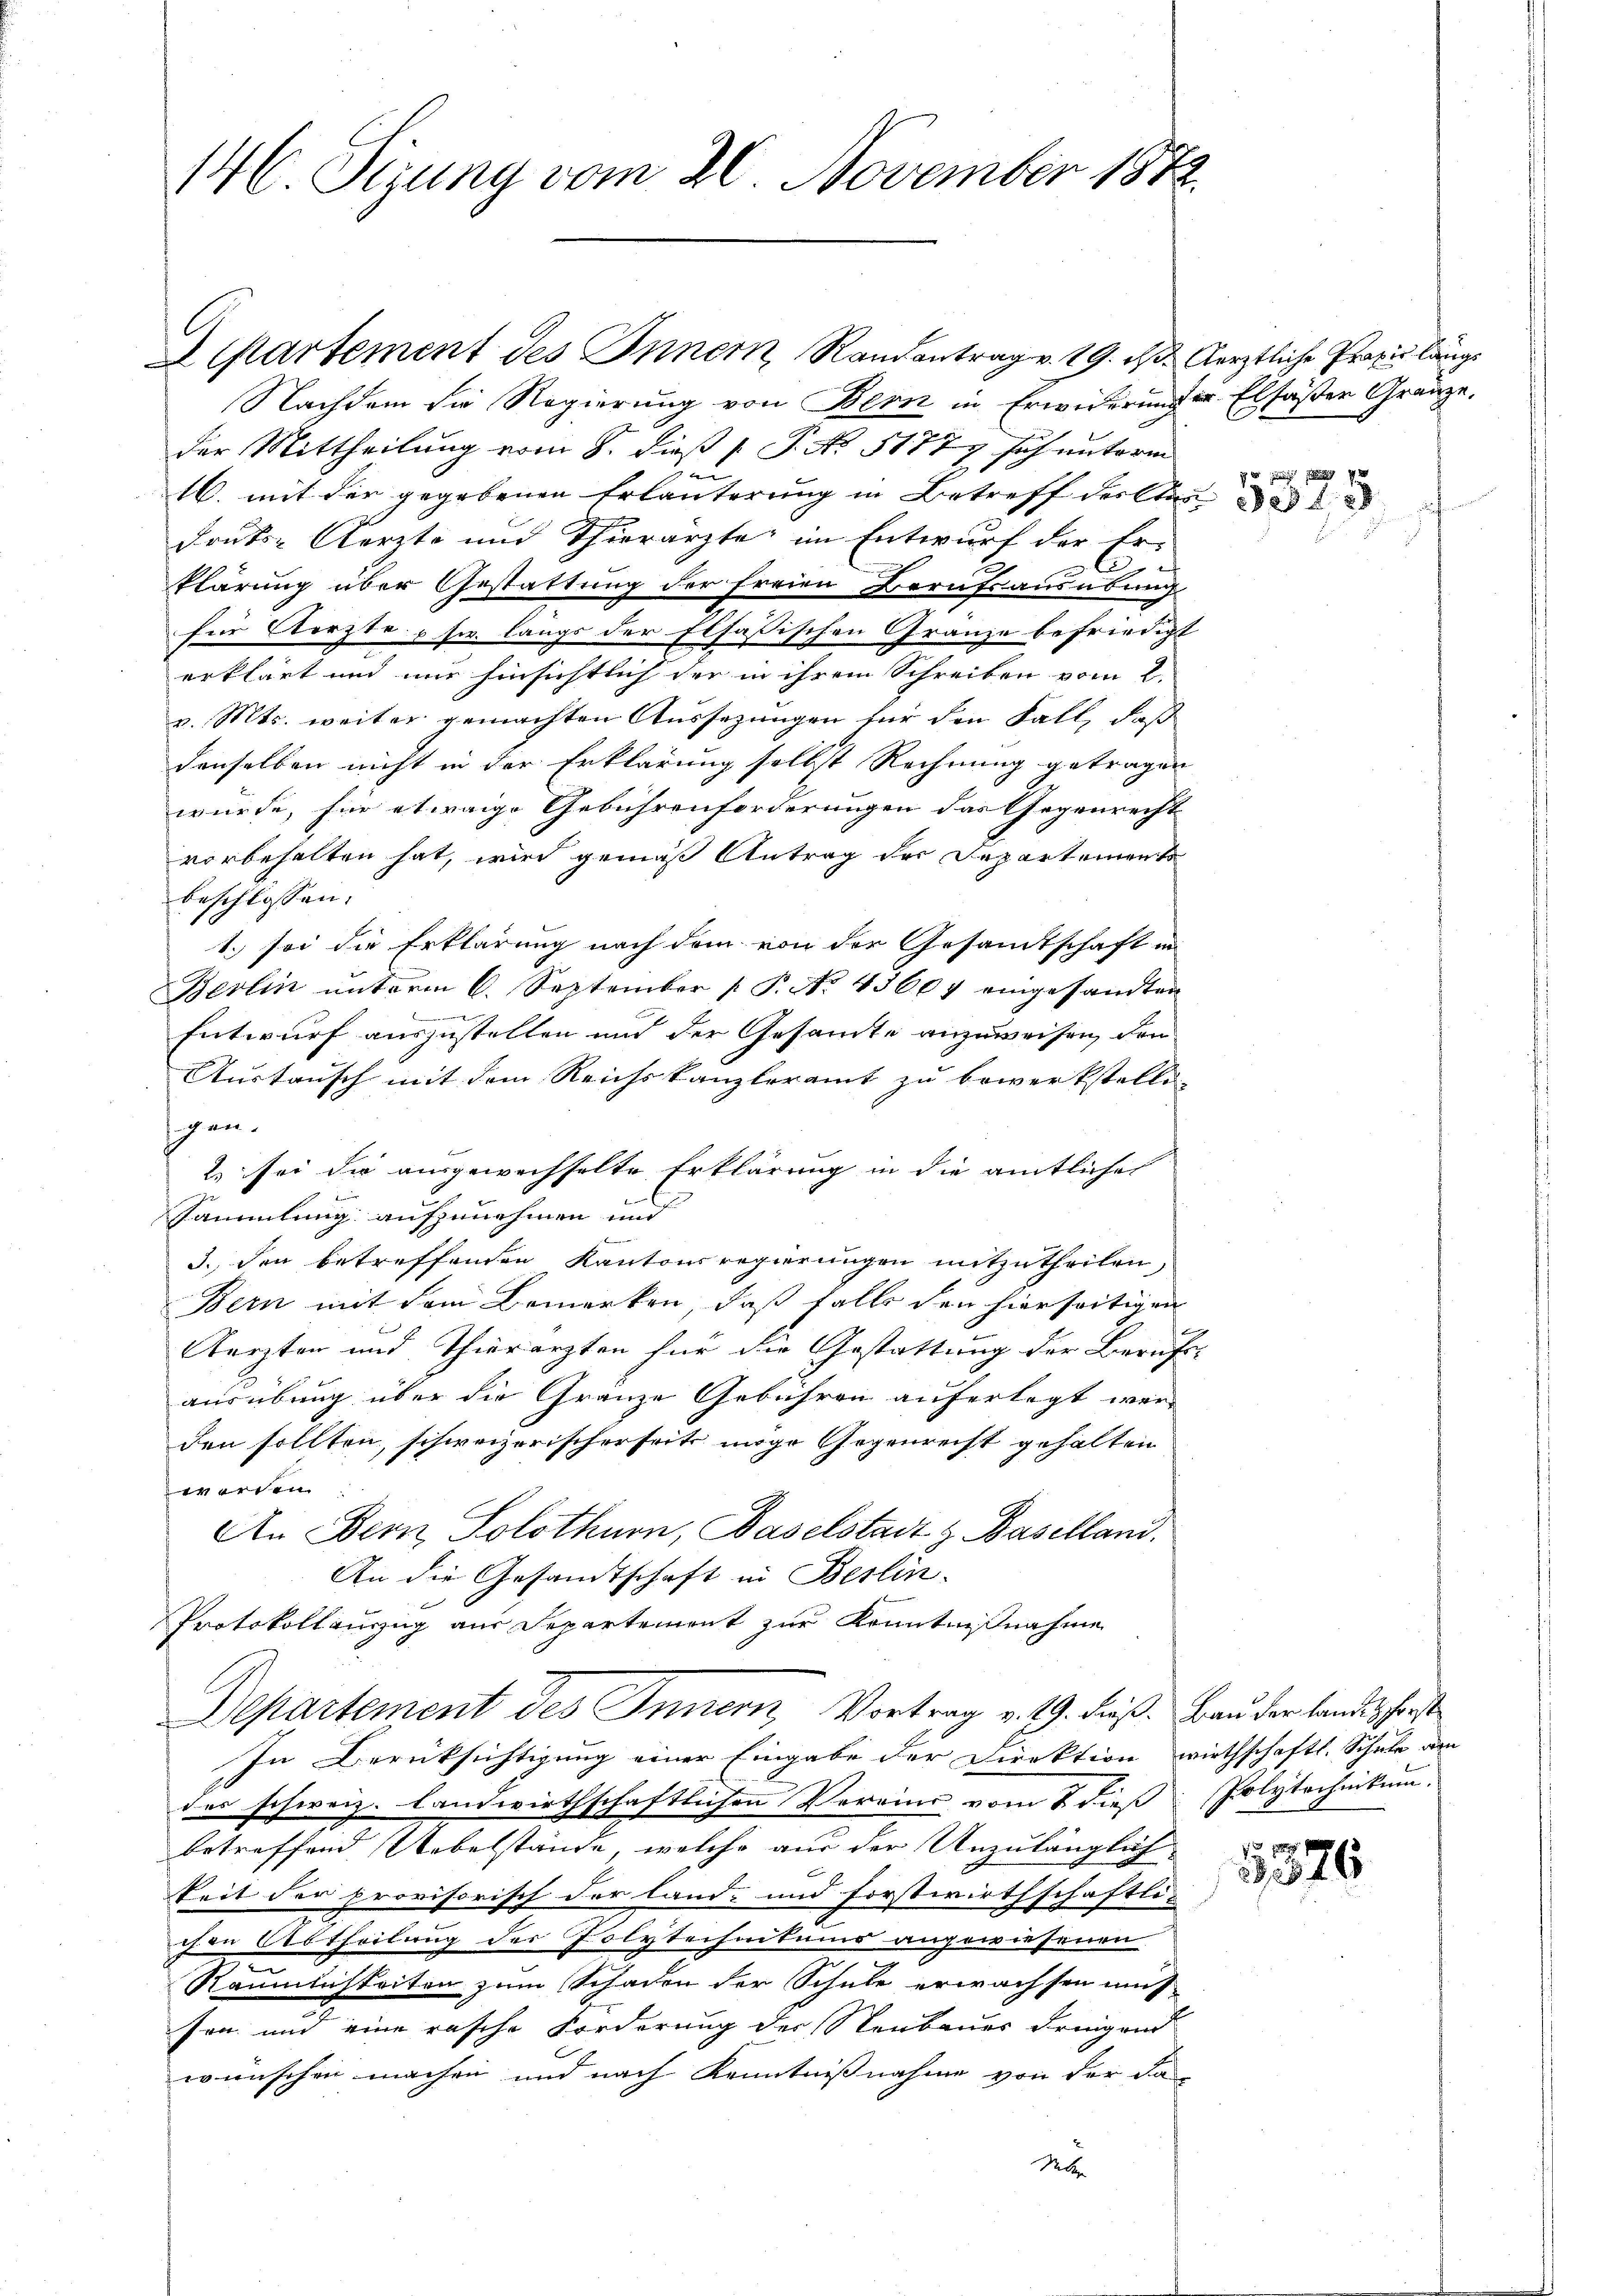
146 Sizung vom 20. November 1872.

Ackartement des Inner, Randantrag v. 19. ds. Aerztliche Praxis länge
Nachdem die Regierung von Bern in Erwiderung u. Elsasser Gränze.
der Mittheilung vom 8. dieß ( P. No. 51779 sich unterm
u
16. mit der gegebenen Erläuterung in Betreff des Sta
drut- Aerzte und Thierärzte im Entwurf der Er-
2
klärung über Gestattung der freien Berufsausübung
für Aerzte usw. langs der Elsassischen Gränze befriedige
erklärt und nur hinsichtlich der in ihrem Schreiben vom 2.
v. Mts. weiter gemachten Aussezungen für den Fall, daß
denselben nicht in der Erklärung selbst Rechnung getragen
würde, für etwaige Gebührenforderungen das Gegenrecht
vorbehalten hat, wird gemäß Antrag der Departement
beschlossen:
1.) sei die Erklärung nach dem von der Gesandtschaft in
Berlin ŭnterm 6. September 1 P. No. 43604 eingesandten
Entwurf auszustellen und der Gesammte anzuweisen, den
Austausch mit dem Reichskanzleramt zu bewerkstelle-
gen.
2 sei die ausgewechselte Erklärung in die amtlicher

Sammlung aufzunehmen und |
3. den betreffenden Kantonsregierungen mitzutheilen,
Bern mit dem Bemerken, daß falls den hierseitigen
Aerzten und Thierarzten für die Gestattung der Beruf
ausübung über die Granze Gebühren auferlegt werden sollten, schweizerischerseits möge Gegenreist gehalten
werden.
An Bern, Solothurn, Baselstadt z. Baselland.
An die Gesandtschaft in Berlin.
Protokoll auszug aus Departement zur Kenntnißnahme
Departement des Innern, Vortrag v. 19. dieß. Bau der Landes forst
In Berüksichtigung einer Eingabe der Direktion wirthschaftl. Schule am
des schweiz. Landwirthschaftlichen Vereine vom 2. dieß
betreffend Uebelstände, welche aus der Unzulänglich-
keit der provisorisch der land- und Forstwirthschaftli-
chen Abtheilung der Polytechnitums angewiesenen
Räumlichkeiten zum Schaden der Schule erwachsen aus
sen und eine rasche Forderung der Neubauer dringend
wünschen machen und nach Kenntnißnahme von der da

xx

Polytechnikum.

1
1376